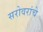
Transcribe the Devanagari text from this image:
सरोवरांचे